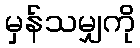
မှန်သမျှကို